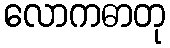
လောကဓာတု